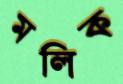
মলিক